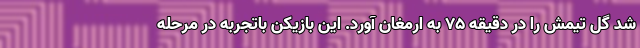
شد گل تیمش را در دقیقه ۷۵ به ارمغان آورد. این بازیکن باتجربه در مرحله